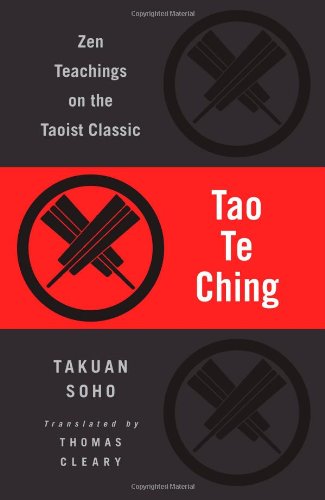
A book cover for Tao Te Ching: Zen Teachings on the Taoist Classic; Lao-Tzu; Religion & Spirituality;